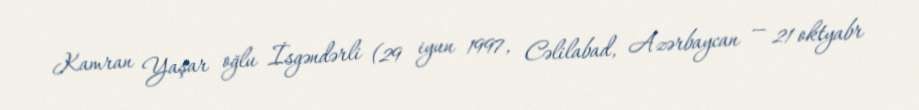
Kamran Yaşar oğlu İsgəndərli (29 iyun 1997, Cəlilabad, Azərbaycan — 21 oktyabr